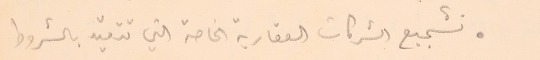
. تشجيع الشركات العقارية الخاصة التي تتقيد بالشروط